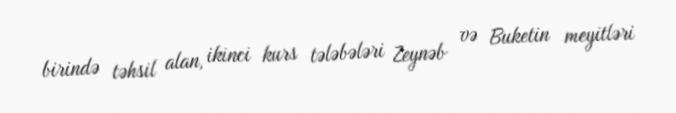
birində təhsil alan, ikinci kurs tələbələri Zeynəb və Buketin meyitləri